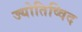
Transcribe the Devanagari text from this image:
ज्योतिष्विद